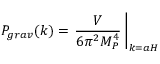
{ \cal P } _ { g r a v } ( k ) = \left. { \frac { V } { 6 \pi ^ { 2 } M _ { P } ^ { 4 } } } \, \right| _ { k = a H }